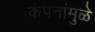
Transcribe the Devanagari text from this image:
कंपनांमुळे